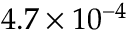
4 . 7 \times 1 0 ^ { - 4 }